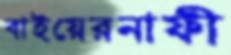
বাইয়েরনাফী